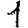
Digit: 1